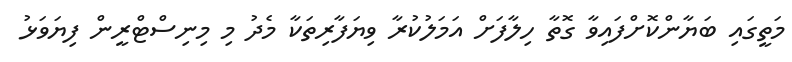
މަތީގައި ބަޔާންކޮށްފައިވާ ގޮތާ ހިލާފަށް އަމަލުކުރާ ވިޔަފާރިތަކާ މެދު މި މިނިސްޓްރީން ފިޔަވަޅު